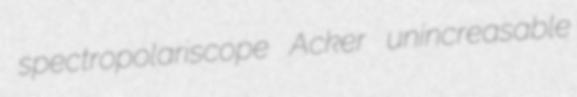
spectropolariscope Acker unincreasable